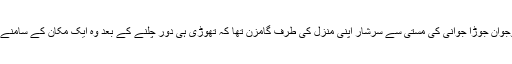
دوسری جانب وہ نوجوان جوڑا جوانی کی مَستی سے سرشار اپنی منزل کی طرف گامزن تھا کہ تھوڑی ہی دور چَلنے کے بعد وہ ایک مکان کے سامنے پہنچ کر رک گئے۔